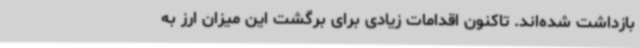
بازداشت شده‌اند. تاکنون اقدامات زیادی برای برگشت این میزان ارز به